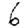
Digit: 6